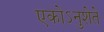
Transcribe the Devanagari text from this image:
एकोऽनुशेते